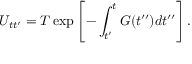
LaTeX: U _ { t t ^ { \prime } } = T \exp \left[ - \int _ { t ^ { \prime } } ^ { t } G ( t ^ { \prime \prime } ) d t ^ { \prime \prime } \right] .